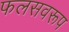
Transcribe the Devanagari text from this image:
फलसवरूप